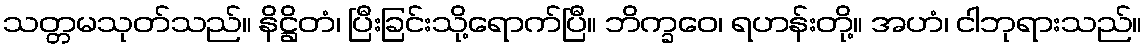
သတ္တမသုတ်သည်။ နိဋ္ဌိတံ၊ ပြီးခြင်းသို့ရောက်ပြီ။ ဘိက္ခဝေ၊ ရဟန်းတို့။ အဟံ၊ ငါဘုရားသည်။